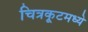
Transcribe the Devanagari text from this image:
चित्रकूटमध्ये